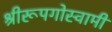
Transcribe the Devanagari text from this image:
श्रीरूपगोस्वामी